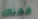
فهناك